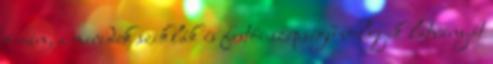
óceán, a meredek sziklák és festői szépségű völgyek látványát